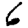
Digit: 6